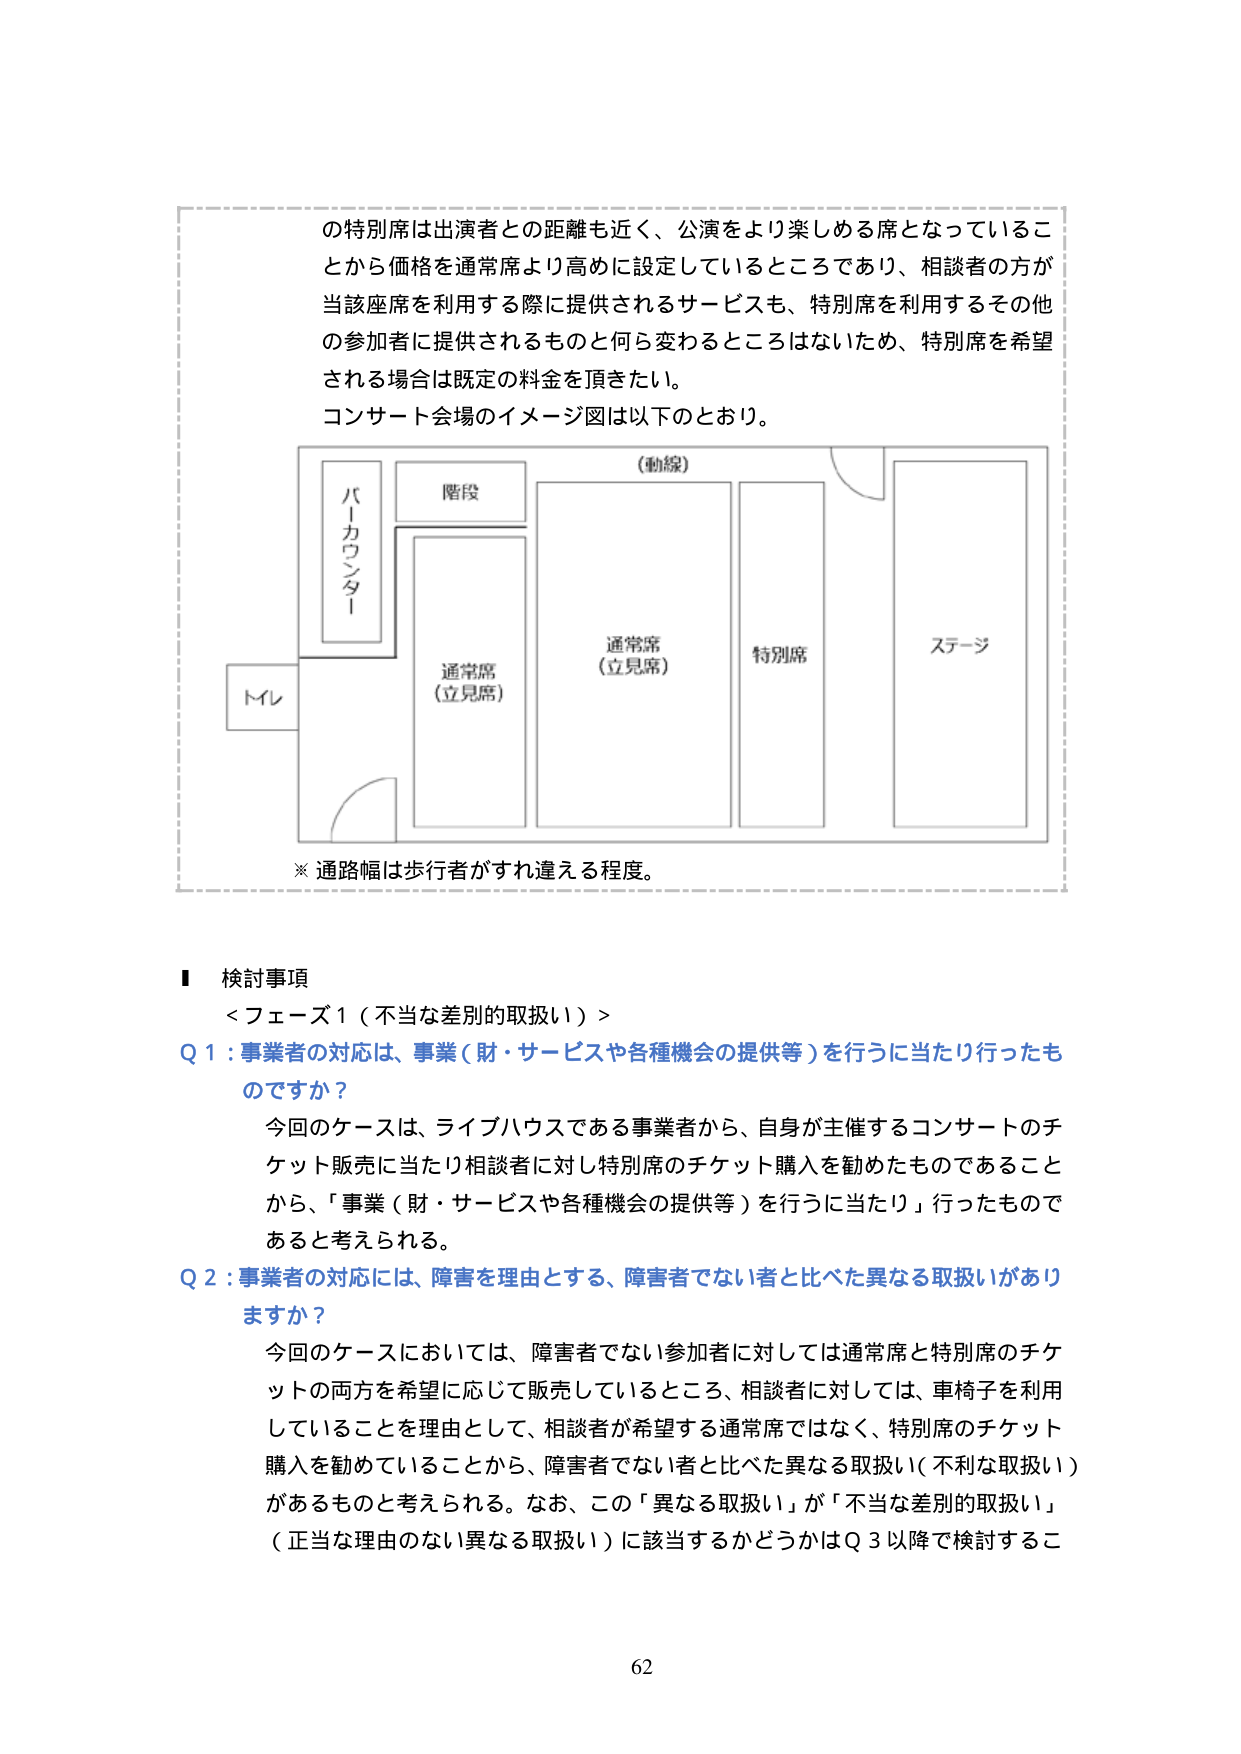
の特別席は出演者との距離も近く、公演をより楽しめる席となっていることから価格を通常席より高めに設定しているところであり、相談者の方が当該座席を利用する際に提供されるサービスも、特別席を利用するその他 の参加者に提供されるものと何ら変わるところはないため、特別席を希望 される場合は既定の料金を頂きたい。
コンサート会場のイメージ図は以下のとおり。

（動線）
バーカウンター
階段
通常席（立見席）
通常席（立見席）
特別席
ステージ
トイレ

※通路幅は歩行者がすれ違える程度。

■ 検討事項
＜フェーズ1（不当な差別的取扱い）＞
Q 1：事業者の対応は、事業（財・サービスや各種機会の提供等）を行うに当たり行ったものですか？
今回のケースは、ライブハウスである事業者から、自身が主催するコンサートのチケット販売に当たり相談者に対し特別席のチケット購入を勧めたものであることから、「事業（財・サービスや各種機会の提供等）を行うに当たり」行ったものであると考えられる。
Q 2：事業者の対応には、障害を理由とする、障害者でない者と比べた異なる取扱いがありますか？
今回のケースにおいては、障害者でない参加者に対しては通常席と特別席のチケットの両方を希望に応じて販売しているところ、相談者に対しては、車椅子を利用していることを理由として、相談者が希望する通常席ではなく、特別席のチケット購入を勧めていることから、障害者でない者と比べた異なる取扱い（不利な取扱い）があるものと考えられる。なお、この「異なる取扱い」が「不当な差別的取扱い」（正当な理由のない異なる取扱い）に該当するかどうかはQ 3以降で検討するこ

62